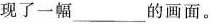
现了一幅___的画面。